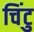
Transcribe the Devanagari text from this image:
चिंटु